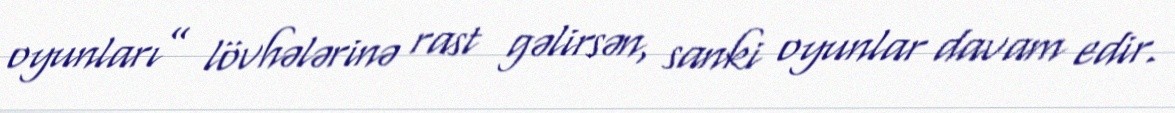
oyunları” lövhələrinə rast gəlirsən, sanki oyunlar davam edir.